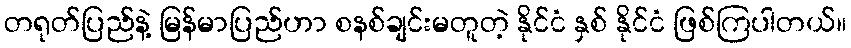
တရုတ်ပြည်နဲ့ မြန်မာပြည်ဟာ စနစ်ချင်းမတူတဲ့ နိုင်ငံ နှစ် နိုင်ငံ ဖြစ်ကြပါတယ်။